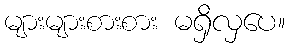
များများစားစား မရှိလှပေ။